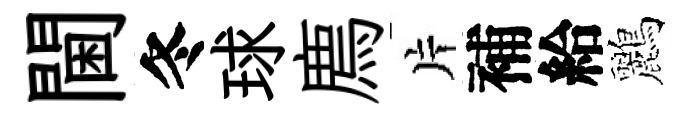
閫冬球廌片補給鸝